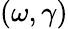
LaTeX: (\omega,\gamma)